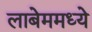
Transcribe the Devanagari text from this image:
लाबेममध्ये